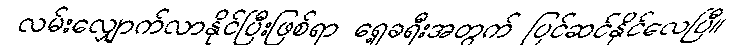
လမ်းလျှောက်လာနိုင်ပြီးဖြစ်ရာ ရှေ့ခရီးအတွက် ပြင်ဆင်နိုင်လေပြီ။